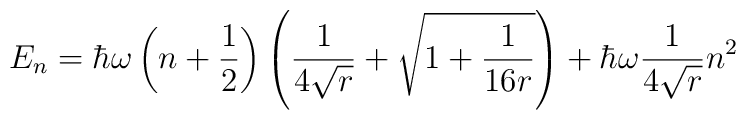
E_n = \hbar \omega \left( n + \frac{1}{2} \right) \left( \frac{1}{4\sqrt{r}} + \sqrt{ 1 + \frac{1}{16 r}} \right) + \hbar \omega \frac{1}{4\sqrt{r}} n^2